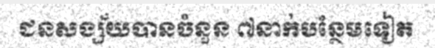
ជនសង្ស័យបានចំនួន ៧នាក់បន្ថែមទៀត